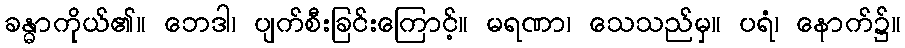
ခန္ဓာကိုယ်၏။ ဘေဒါ၊ ပျက်စီးခြင်းကြောင့်။ မရဏာ၊ သေသည်မှ။ ပရံ၊ နောက်၌။